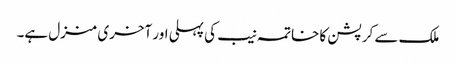
ملک سے کرپشن کا خاتمہ نیب کی پہلی اور آخری منزل ہے۔